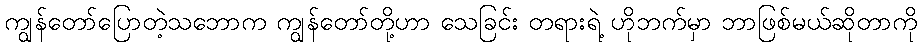
ကျွန်တော်ပြောတဲ့သဘောက ကျွန်တော်တို့ဟာ သေခြင်း တရားရဲ့ ဟိုဘက်မှာ ဘာဖြစ်မယ်ဆိုတာကို